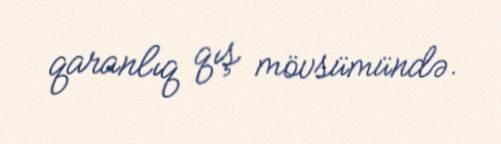
qaranlıq qış mövsümündə.